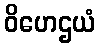
ဝိဟေဌယံ